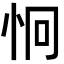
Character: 𪫪